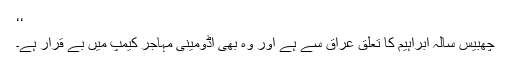
‘‘
چھبیس سالہ ابراہیم کا تعلق عراق سے ہے اور وہ بھی اڈومینی مہاجر کیمپ میں بے قرار ہے۔